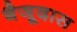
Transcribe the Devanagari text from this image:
बैजूदास